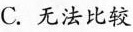
C.无法比较